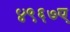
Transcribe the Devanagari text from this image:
४९६७ए